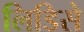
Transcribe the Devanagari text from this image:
लिडिसे